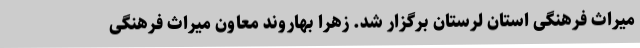
میراث فرهنگی استان لرستان برگزار شد. زهرا بهاروند معاون میراث فرهنگی